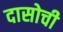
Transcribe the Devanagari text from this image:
दासोची